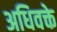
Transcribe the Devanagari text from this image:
अधिवक्ते